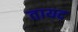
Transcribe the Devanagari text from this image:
तायद